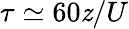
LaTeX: \tau\simeq60\mathit{z}/U